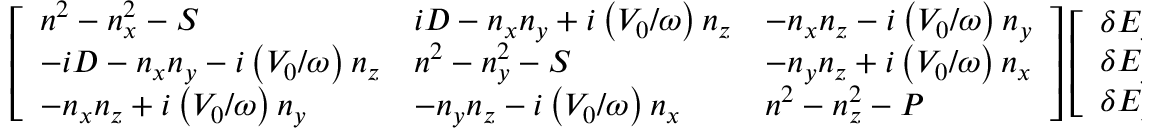
\left[ \begin{array} { l l l } { n ^ { 2 } - n _ { x } ^ { 2 } - S } & { i D - n _ { x } n _ { y } + i \left( V _ { 0 } / \omega \right) n _ { z } } & { - n _ { x } n _ { z } - i \left( V _ { 0 } / \omega \right) n _ { y } } \\ { - i D - n _ { x } n _ { y } - i \left( V _ { 0 } / \omega \right) n _ { z } } & { n ^ { 2 } - n _ { y } ^ { 2 } - S } & { - n _ { y } n _ { z } + i \left( V _ { 0 } / \omega \right) n _ { x } } \\ { - n _ { x } n _ { z } + i \left( V _ { 0 } / \omega \right) n _ { y } } & { - n _ { y } n _ { z } - i \left( V _ { 0 } / \omega \right) n _ { x } } & { n ^ { 2 } - n _ { z } ^ { 2 } - P } \end{array} \right] \left[ \begin{array} { l } { \delta E _ { x } } \\ { \delta E _ { y } } \\ { \delta E _ { z } } \end{array} \right] = 0 .